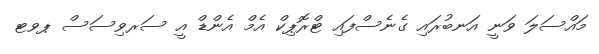
މައްސަލަ ވަނީ އަނބުރައި ގެނެސްފައި ޓްރޮޕިކް އެމް އެންޑް އީ ސަރވިސަސް ޕވޓ